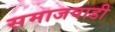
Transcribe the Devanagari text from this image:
समाजवाडी